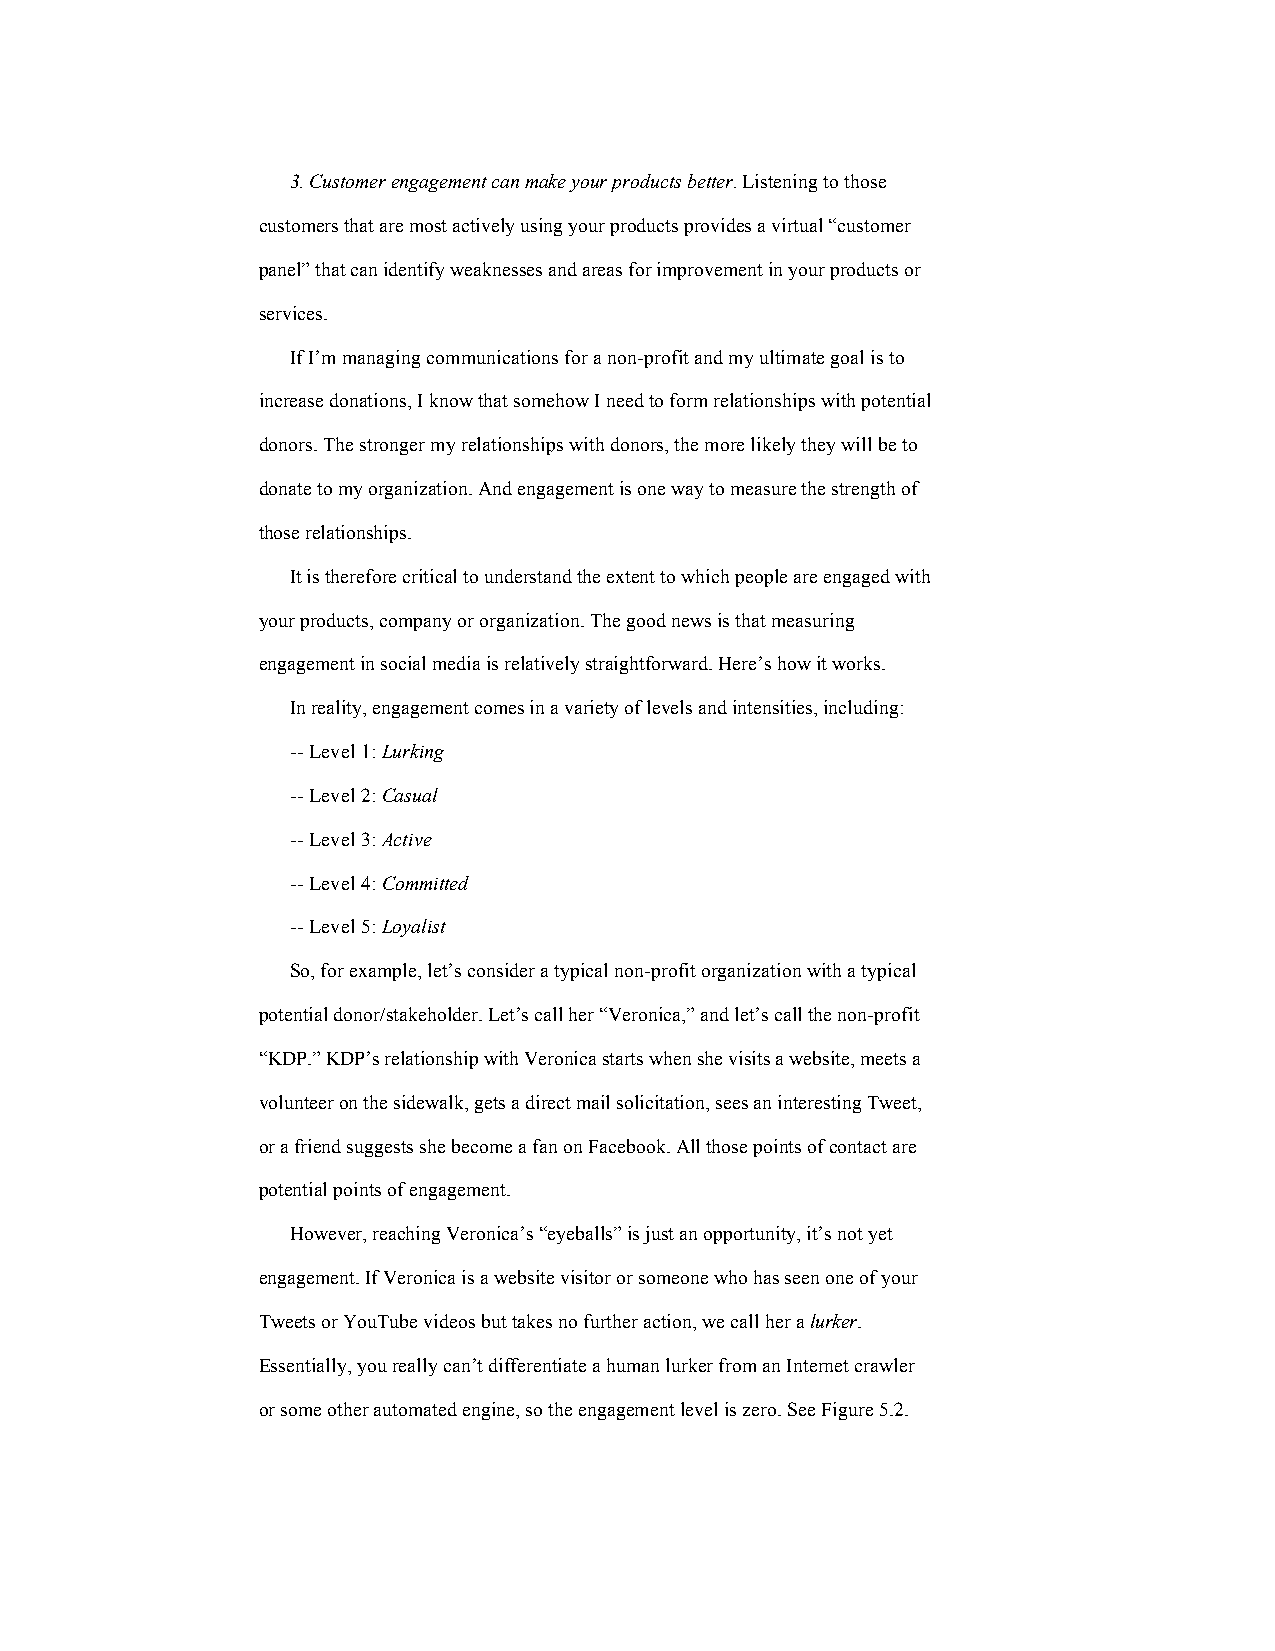
3. Customer engagement can make your products better. Listening to those
 customers that are most actively using your products provides a virtual “customer
 panel” that can identify weaknesses and areas for improvement in your products or
 services.
 If I’m managing communications for a non-profit and my ultimate goal is to
 increase donations, I know that somehow I need to form relationships with potential
 donors. The stronger my relationships with donors, the more likely they will be to
 donate to my organization. And engagement is one way to measure the strength of
 those relationships.
 It is therefore critical to understand the extent to which people are engaged with
 your products, company or organization. The good news is that measuring
 engagement in social media is relatively straightforward. Here’s how it works.
 In reality, engagement comes in a variety of levels and intensities, including:
 -- Level 1: Lurking
 -- Level 2: Casual
 -- Level 3: Active
 -- Level 4: Committed
 -- Level 5: Loyalist
 So, for example, let’s consider a typical non-profit organization with a typical
 potential donor/stakeholder. Let’s call her “Veronica,” and let’s call the non-profit
 “KDP.” KDP’s relationship with Veronica starts when she visits a website, meets a
 volunteer on the sidewalk, gets a direct mail solicitation, sees an interesting Tweet,
 or a friend suggests she become a fan on Facebook. All those points of contact are
 potential points of engagement.
 However, reaching Veronica’s “eyeballs” is just an opportunity, it’s not yet
 engagement. If Veronica is a website visitor or someone who has seen one of your
 Tweets or YouTube videos but takes no further action, we call her a lurker.
 Essentially, you really can’t differentiate a human lurker from an Internet crawler
 or some other automated engine, so the engagement level is zero. See Figure 5.2.